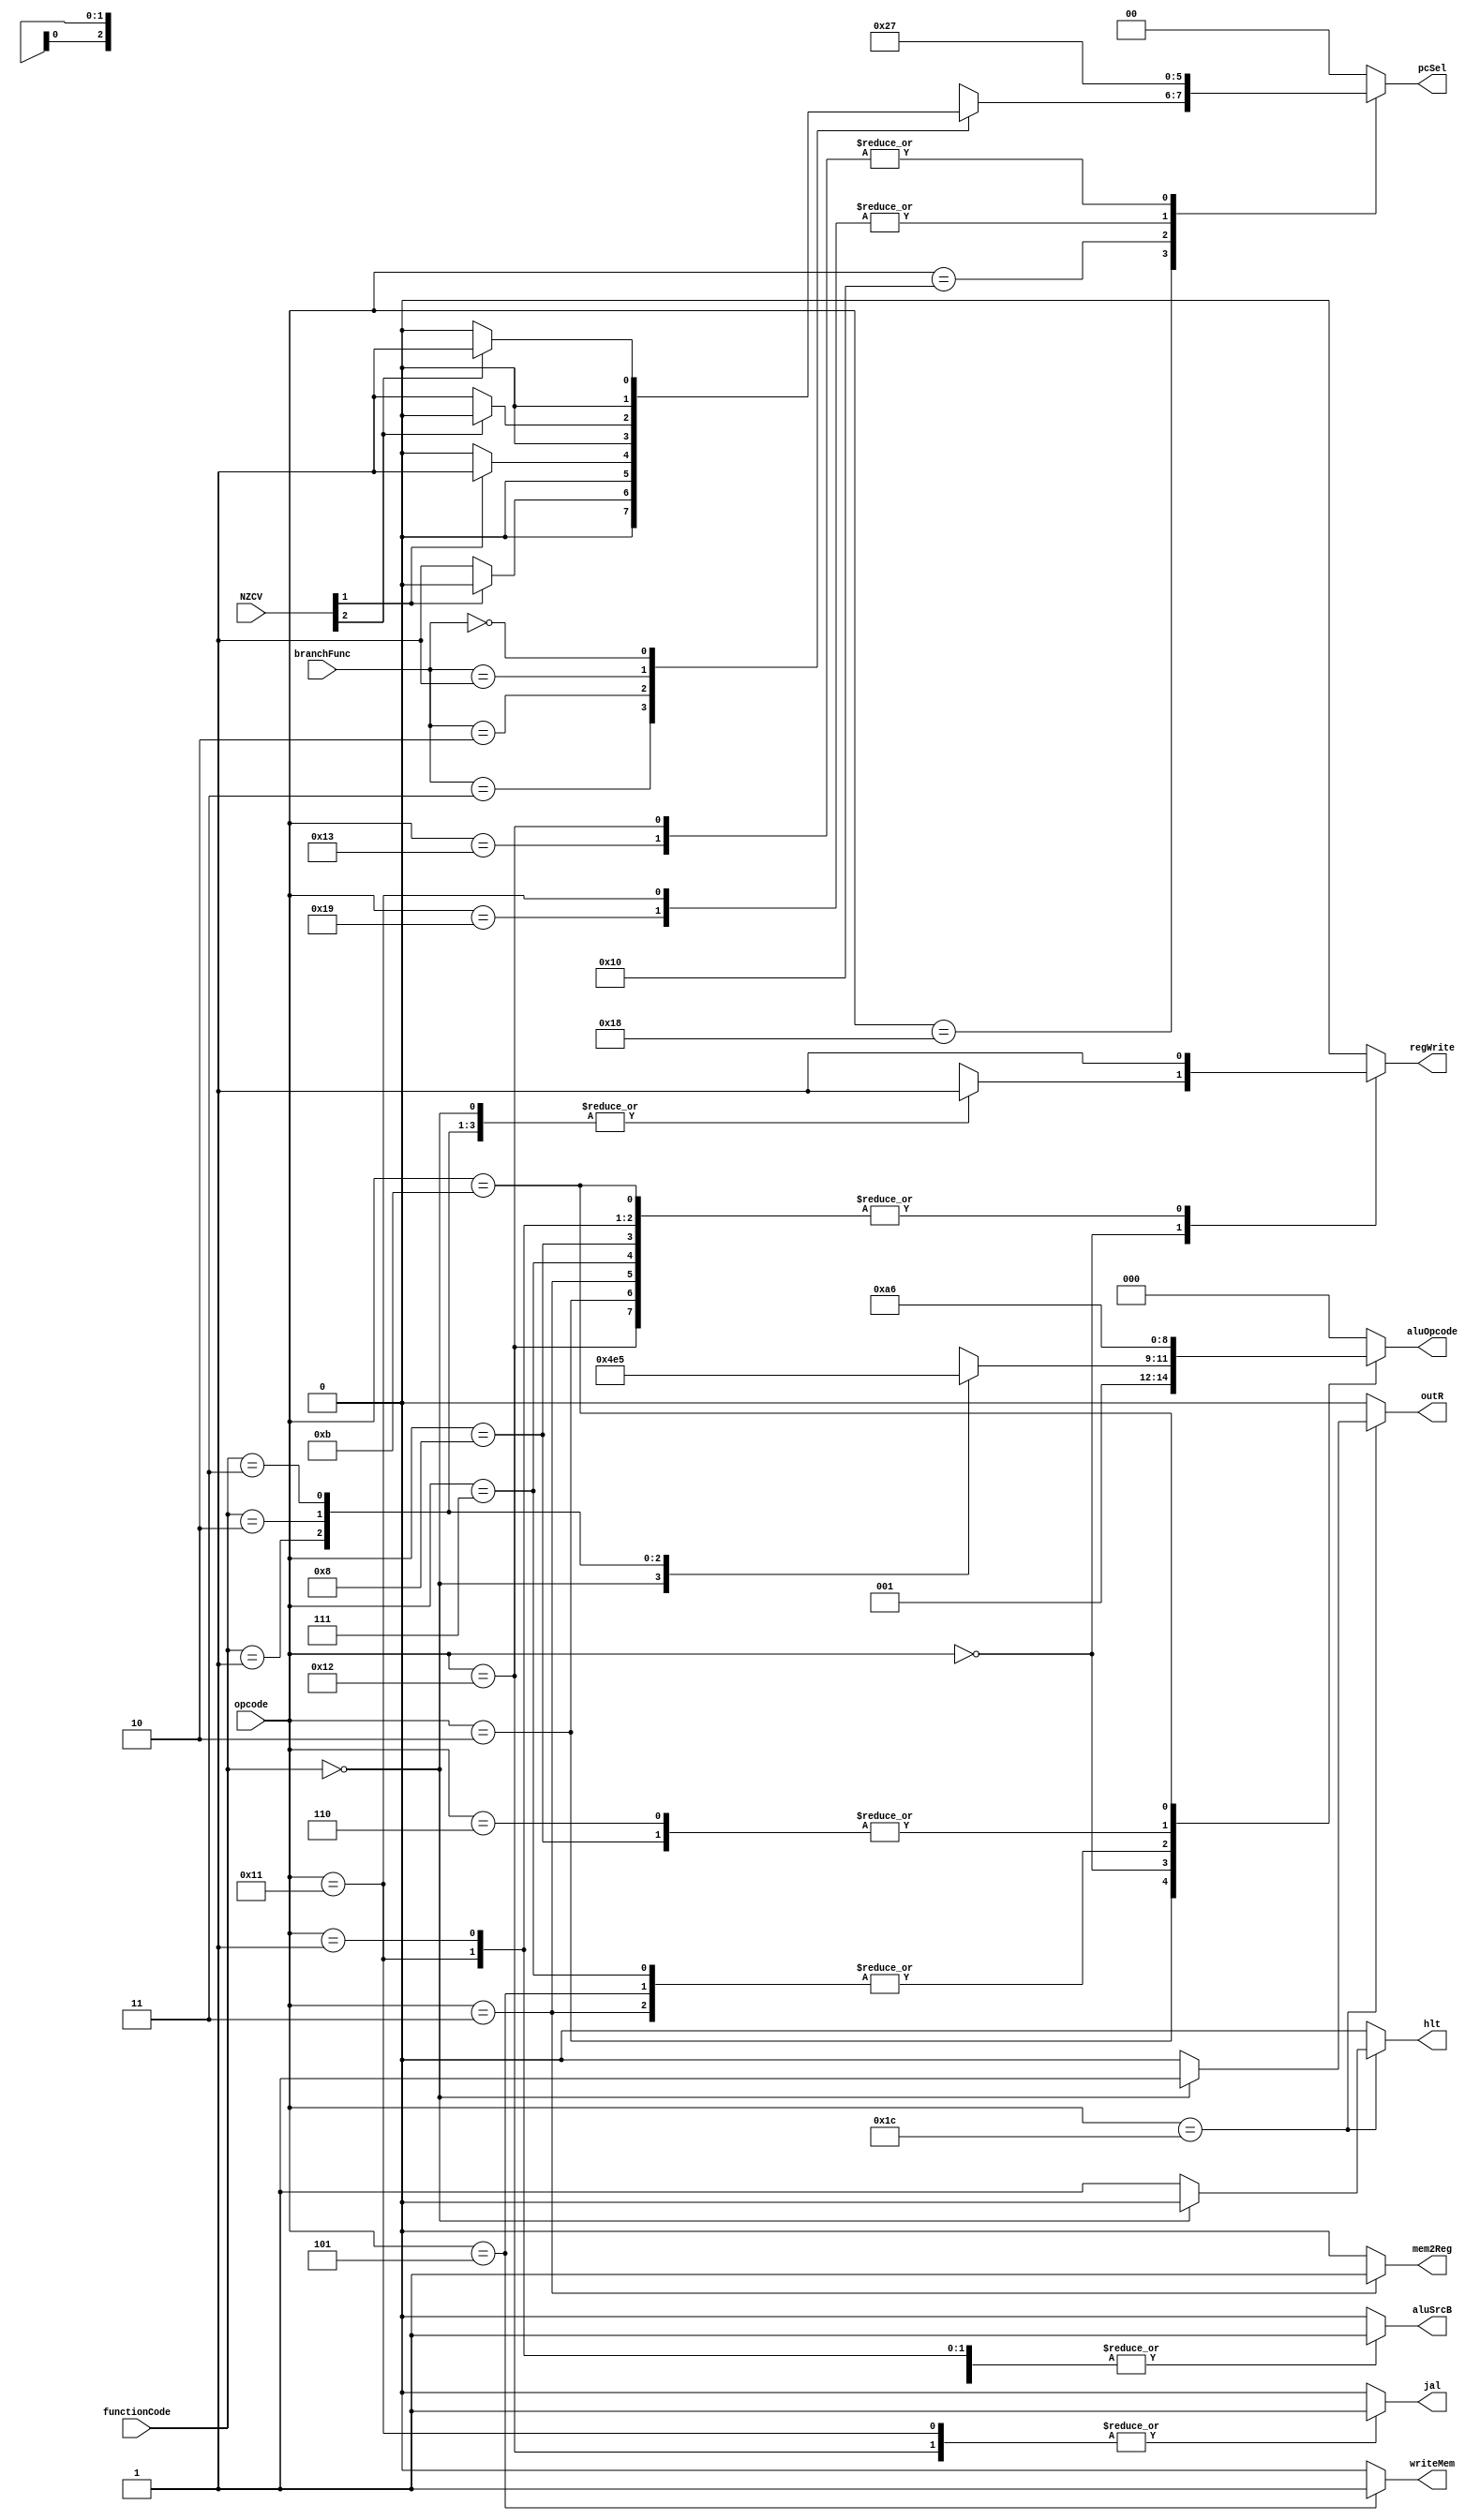
module controller#(
    parameter integer LENGTH = 16
)(
    input  [1:0] branchFunc,
    input  [1:0] functionCode,
    input  [3:0] NZCV,
    input  [4:0] opcode,
    // control signal
    output reg [1:0] pcSel,             // PC sel 
    output reg outR,                    // out register
    output reg hlt,                     // done Register
    output reg regWrite,                // register file
    output reg writeMem,                // data memory
    output reg jal,                     // jal : Rd <- PC
    output reg mem2Reg,                 // memory out Mux
    output reg aluSrcB,                 // ALU input select Mux
    output reg [2:0] aluOpcode
);

// ALU operation select MUX
localparam LHI = 3'd0;
localparam LLI = 3'd1;
localparam ADD = 3'd2;
localparam ADC = 3'd3;
localparam SUB = 3'd4;
localparam SBB = 3'd5;
localparam MOV = 3'd6;
// PC select MUX
localparam PC_PLUS   = 2'd0;
localparam PC_BRANCH = 2'd1;
localparam PC_LABEL  = 2'd2;
localparam PC_RM     = 2'd3;

always @(*) begin
    aluSrcB  = 1'b0;
    regWrite = 1'b0;
    writeMem = 1'b0;
    mem2Reg  = 1'b0;
    jal   = 1'b0;
    outR  = 1'b0;
    hlt   = 1'b0;
    pcSel = 2'd0;
    aluOpcode = 3'd0;
    case(opcode)
        5'b00001: begin // LHI
            aluSrcB   = 1'b1;
            regWrite  = 1'b1;
            aluOpcode = LHI;
        end
        5'b00010: begin // LLI
            aluSrcB   = 1'b1;
            regWrite  = 1'b1;
            aluOpcode = LLI;
        end
        5'b00011: begin // LDR
            aluSrcB   = 1'b1;
            regWrite  = 1'b1;
            mem2Reg   = 1'b1;
            aluOpcode = ADD;
        end
        5'b00101: begin // STR
            aluSrcB   = 1'b1;
            writeMem  = 1'b1;
            aluOpcode = ADD;
        end
        5'b00000: begin // arithmetic
            case(functionCode)
                2'd0: begin // ADD
                    regWrite = 1'b1;
                    aluOpcode = ADD;
                end
                2'd1: begin // ADC
                    regWrite = 1'b1;
                    aluOpcode = ADC;
                end
                2'd2: begin // SUB
                    regWrite = 1'b1;
                    aluOpcode = SUB;
                end
                2'd3: begin // SBB
                    regWrite = 1'b1;
                    aluOpcode = SBB;
                end
            endcase
        end
        5'b00110: begin // CMP
            aluOpcode = SUB;
        end
        5'b00111: begin // ADDI
            aluSrcB   = 1'b1;
            regWrite  = 1'b1;
            aluOpcode = ADD;
        end
        5'b01000: begin // SUBI
            aluSrcB   = 1'b1;
            regWrite  = 1'b1;
            aluOpcode = SUB;
        end
        5'b01011: begin // MOV
            regWrite  = 1'b1;
            aluOpcode = MOV;
        end
        5'b11000: begin // conditional branch
            aluSrcB  = 1'b1;
            case(branchFunc)
                2'b11: begin  // BCC
                    pcSel = (NZCV[1]) ? PC_PLUS : PC_BRANCH;
                end
                2'b10: begin  // BCS
                    pcSel = (NZCV[1]) ? PC_BRANCH : PC_PLUS;
                end
                2'b01: begin  // BNE
                    pcSel = (NZCV[2]) ? PC_PLUS : PC_BRANCH;
                end
                2'b00: begin  // BEQ
                    pcSel = (NZCV[2]) ? PC_BRANCH : PC_PLUS;
                end
            endcase
        end
        5'b11001: begin // B[AL]
            aluSrcB  = 1'b1;
            pcSel = PC_BRANCH;
        end
        5'b10000: begin // JMP
            pcSel = PC_LABEL;
        end
        5'b10001: begin // JAL label
            jal = 1'b1;
            regWrite = 1'b1;
            aluSrcB  = 1'b1;
            pcSel = PC_BRANCH;
        end
        5'b10010: begin // JAL Rd Rm
            jal = 1'b1;
            regWrite = 1'b1;
            pcSel = PC_RM;
        end
        5'b10011: begin // JR Rd
            pcSel = PC_RM;
        end
        5'b11100: begin
            if(functionCode == 2'b00) begin // OutR
                outR = 1'b1;
            end else begin                  // HLT
                hlt = 1'b1;
            end
        end
    endcase 
end

endmodule